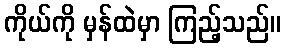
ကိုယ်ကို မှန်ထဲမှာ ကြည့်သည်။